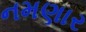
નમણાર